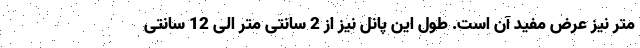
متر نیز عرض مفید آن است. طول این پانل نیز از 2 سانتی متر الی 12 سانتی